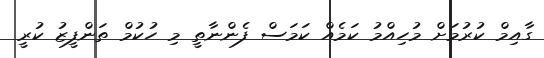
ގާއިމް ކުރުމަށް މުހިއްމު ކަމެއް ކަމަސް ފެންނާތީ މި ހުކުމް ތަންފީޒު ކުރީ